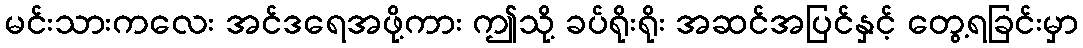
မင်းသားကလေး အင်ဒရေအဖို့ကား ဤသို့ ခပ်ရိုးရိုး အဆင်အပြင်နှင့် တွေ့ရခြင်းမှာ